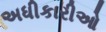
અધીકારીઓ